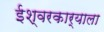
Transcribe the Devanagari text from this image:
ईश्वरकार्याला